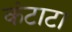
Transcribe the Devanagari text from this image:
कंटाटा